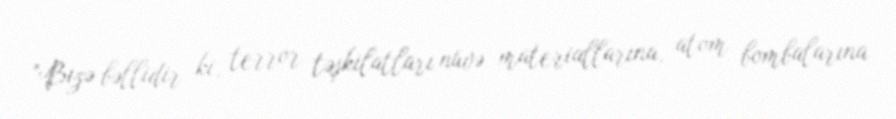
”Bizə bəllidir ki, terror təşkilatları nüvə materiallarına, atom bombalarına